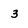
Character: 3